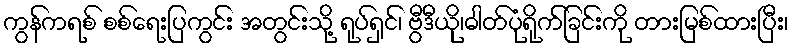
ကွန်ကရစ် စစ်ရေးပြကွင်း အတွင်းသို့ ရုပ်ရှင်၊ ဗွီဒီယို၊ဓါတ်ပုံရိုက်ခြင်းကို တားမြစ်ထားပြီး၊